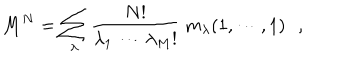
M ^ { N } = \sum _ { \lambda } { \frac { N ! } { \lambda _ { 1 } ~ \cdots \lambda _ { M } ! } } ~ m _ { \lambda } ( 1 , \cdots , 1 ) \, \, \, \, ,